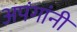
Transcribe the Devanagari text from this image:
अपंगांनी